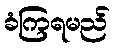
ခံကြရမည်